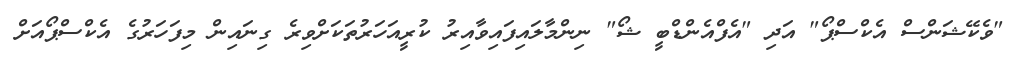
"ވެކޭޝަންސް އެކްސްޕޯ" އަދި "އެފްއެންޑްބީ ޝޯ" ނިންމާލައިފައިވާއިރު ކުރީއަހަރުތަކަށްވިރެ ގިނައިން މިފަހަރުގެ އެކްސްޕޯއަށް